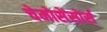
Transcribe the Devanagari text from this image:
चेमोसेंसोर्स